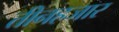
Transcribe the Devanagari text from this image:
तीनहजार